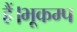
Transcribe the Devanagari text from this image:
हैं।भूकम्प